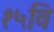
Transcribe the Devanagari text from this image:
१५वि